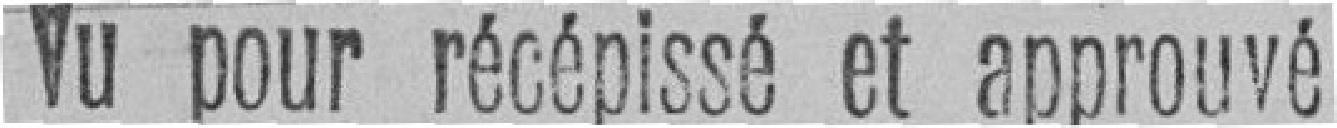
Vu pour récépissé et approuvé